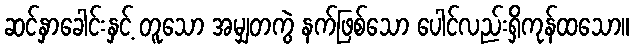
ဆင်နှာခေါင်းနှင့် တူသော အမျှတကွဲ နက်ဖြစ်သော ပေါင်လည်းရှိကုန်ထသော။